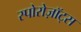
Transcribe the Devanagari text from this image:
स्पोरोज़ॉट्स